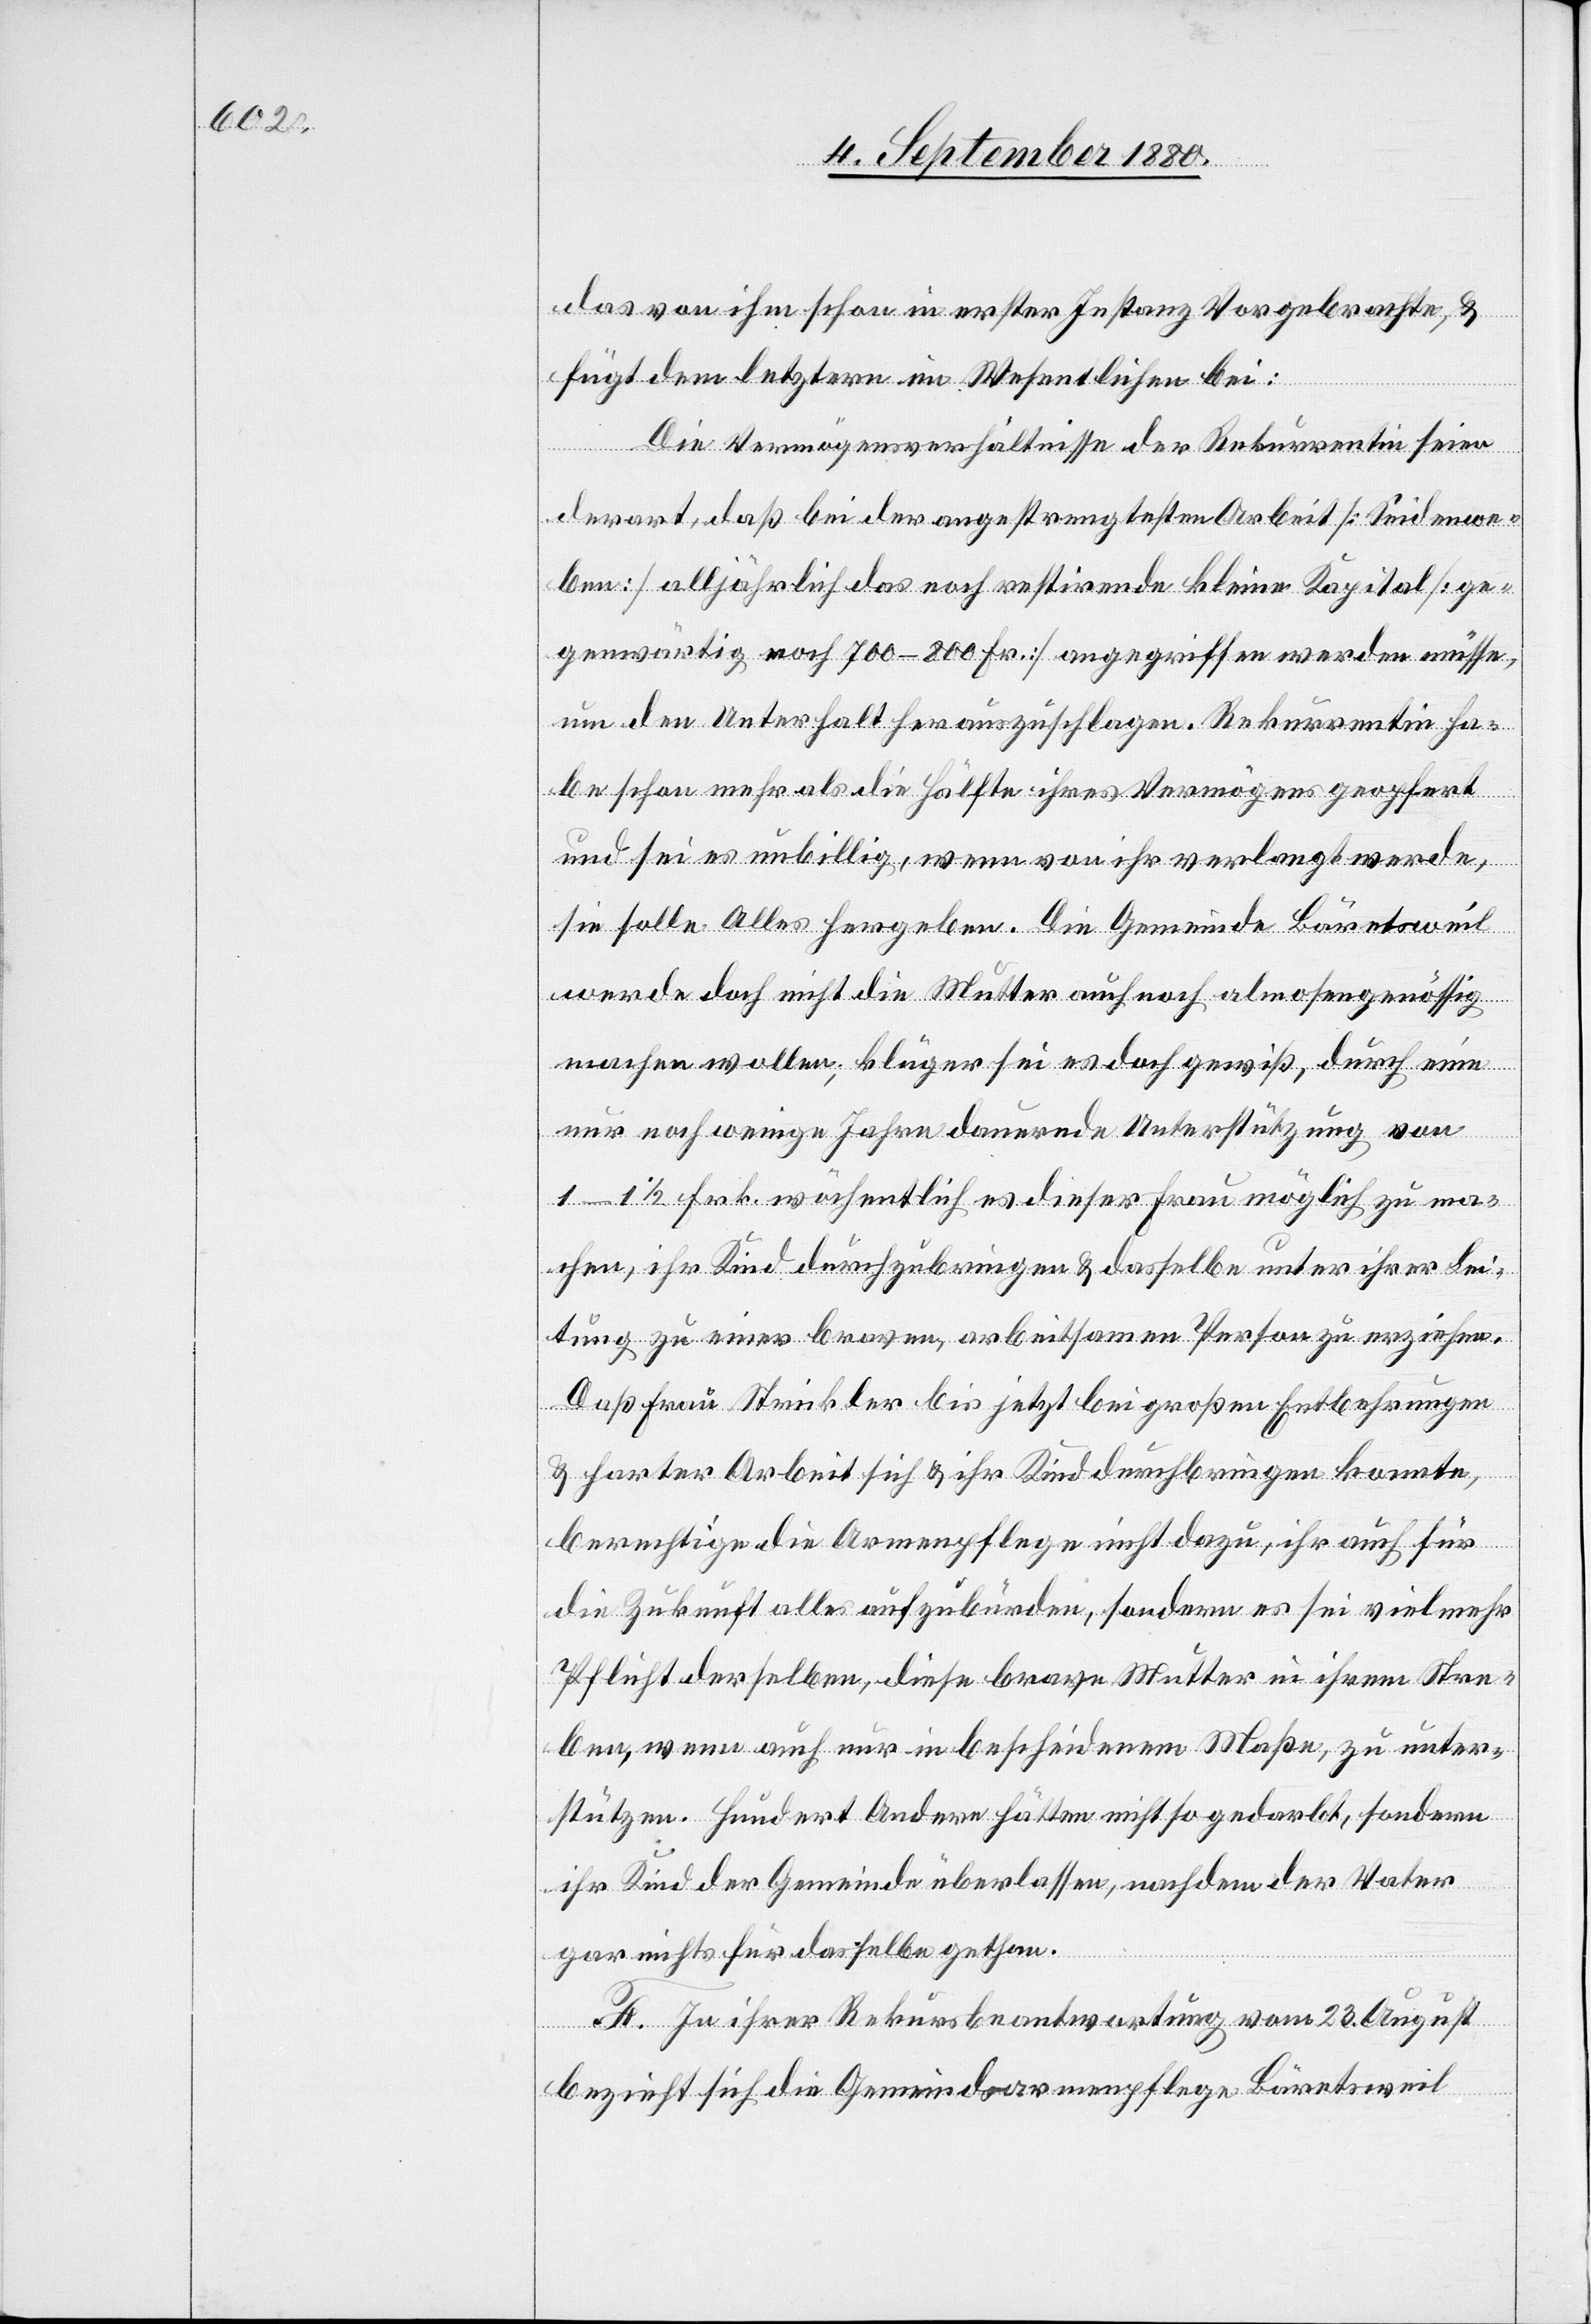
das von ihm schon in erster Instanz Vorgebrachte, &
fügt dem letztern im Wesentlichen bei:
Die Vermögensverhältnisse der Rekurrentin seien
derart, daß bei der angestrengtesten Arbeit [Seidenwe¬
ben] alljährlich das noch restirenden kleine Kapital [ge¬
genwärtig noch 700–800 Fr.] angegriffen werden müsse,
um den Unterhalt herauszuschlagen. Rekurrentin ha¬
be schon mehr als die Hälfte ihres Vermögens geopfert
und sei es unbillig, wenn von ihr verlangt werde,
sie solle Alles hergeben. Die Gemeinde Bäretsweil
werde doch nicht die Mutter auch noch almosengenössig
machen wollen; klüger sei es doch gewiß, durch eine
nur noch wenige Jahre dauernde Unterstützung von
1–1 1/2 Frk. wöchentlich es dieser Frau möglich zu ma¬
chen, ihr Kind durchzubringen & dasselbe unter ihrer Lei¬
tung zu einer braven, arbeitsamen Person zu erziehen.
Daß Frau Strickler bis jetzt bei großen Entbehrungen
& harter Arbeit sich & ihr Kind durchbringen konnte,
berechtige die Armenpflege nicht dazu, ihr auch für
die Zukunft alles aufzubürden, sondern es sei vielmehr
Pflicht derselben, diese brave Mutter in ihrem Stre¬
ben, wenn auch nur in bescheidenem Maße, zu unter¬
stützen. Hundert Andere hätten nicht so gedarbt, sondern
ihr Kind der Gemeinde überlassen, nachdem der Vater
gar nichts für dasselbe gethan.
F. In ihrer Rekursbeantwortung vom 23. August
bezieht sich die Gemeindearmenpflege Bäretsweil